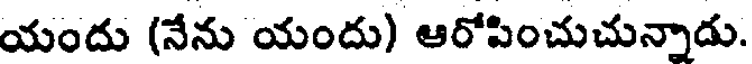
యందు (నేను యందు) ఆరోపించుచున్నాడు.